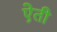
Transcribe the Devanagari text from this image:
ऐती